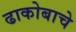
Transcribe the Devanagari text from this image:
ढाकोबाचे